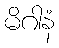
မိဂါနံ